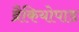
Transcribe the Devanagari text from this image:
ब्रैकियोपाड